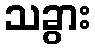
သခွား